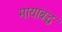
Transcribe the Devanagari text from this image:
मायाबद्ध